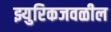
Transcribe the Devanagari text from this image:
झ्युरिकजवळील